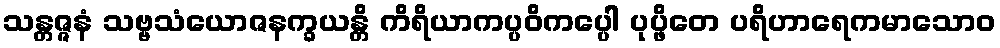
သန္တဇ္ဇနံ သဗ္ဗသံယောဇနက္ခယန္တိ ကိရိယာကပ္ပဝိကပ္ပေါ ပုပ္ဖိတေ ပရိဟာရေကမာသောဝ